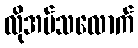
လိုအပ်သလောက်